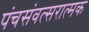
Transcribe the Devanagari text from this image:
पंचसंवत्सरात्मक